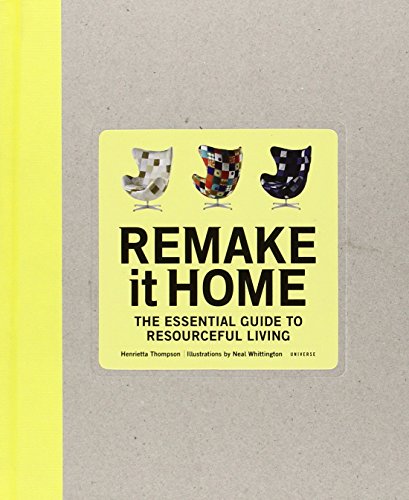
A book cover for Remake It Home: The Essential Guide to Resourceful Living; Henrietta Thompson; Crafts, Hobbies & Home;